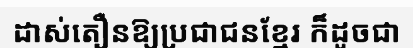
ដាស់តឿនឱ្យប្រជាជនខ្មែរ ក៏ដូចជា